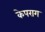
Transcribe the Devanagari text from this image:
केपराग